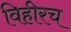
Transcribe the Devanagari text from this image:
विहीरच